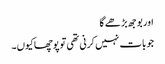
اور بوجھ بڑھے گا
جو بات نہیں کرنی تھی توپوچھاکیوں۔